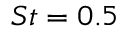
S t = 0 { . } 5